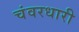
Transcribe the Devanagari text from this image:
चंवरधारी